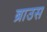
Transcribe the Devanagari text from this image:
ब्राउस